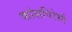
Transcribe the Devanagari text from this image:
कांसपिरेसी